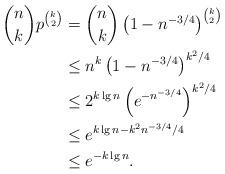
LaTeX: \begin{align*}{n \choose k}p^{k\choose 2} & = {n \choose k}\left(1-n^{-3/4}\right)^{k\choose 2} \\& \le n^k \left(1-n^{-3/4}\right)^{k^2/4} \\& \le 2^{k\lg n}\left(e^{-n^{-3/4}}\right)^{k^2/4}\\& \le e^{k\lg n-k^2 n^{-3/4}/4}\\& \le e^{-k \lg n}.\end{align*}